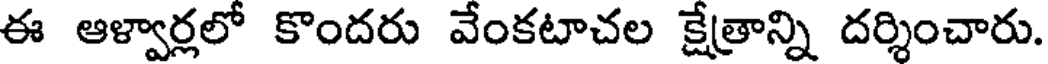
ఈ ఆళ్వార్లలో కొందరు వేంకటాచల క్షేత్రాన్ని దర్శించారు.